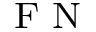
_ { \textrm { F N } }